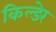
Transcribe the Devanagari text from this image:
किल्डेर